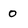
Character: 0